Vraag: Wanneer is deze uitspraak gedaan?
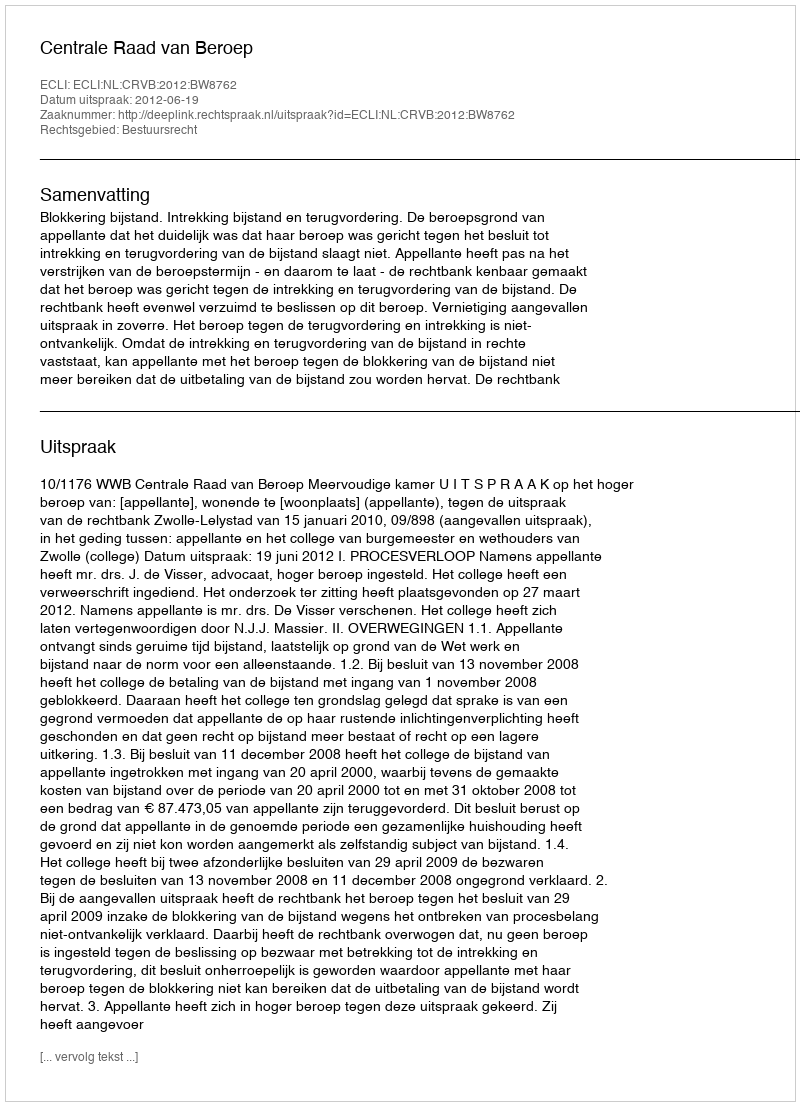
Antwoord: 2012-06-19